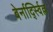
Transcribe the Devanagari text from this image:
बेर्नार्द्स्विल्ल